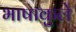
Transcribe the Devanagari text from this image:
भाषाकुले